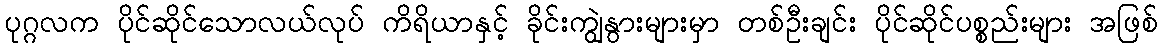
ပုဂ္ဂလက ပိုင်ဆိုင်သောလယ်လုပ် ကိရိယာနှင့် ခိုင်းကျွဲနွားများမှာ တစ်ဦးချင်း ပိုင်ဆိုင်ပစ္စည်းများ အဖြစ်